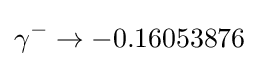
\gamma ^{-}\rightarrow -0.16053876